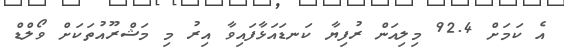
އެ ކަމަށް 92.4 މިލިއަން ރުފިޔާ ކަނޑައަޅާފައިވާ އިރު މި މަޝްރޫއުތަކަށް ވޯލްޑް